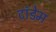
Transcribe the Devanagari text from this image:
टांडेम